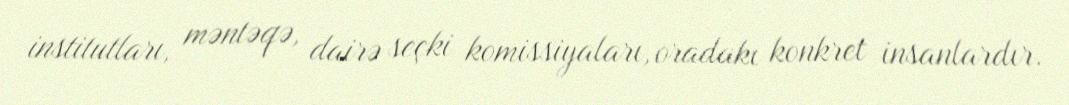
institutları, məntəqə, dairə seçki komissiyaları, oradakı konkret insanlardır.